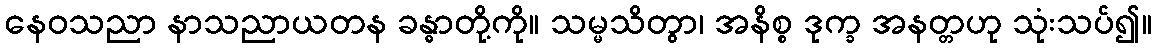
နေဝသညာ နာသညာယတန ခန္ဓာတို့ကို။ သမ္မသိတွာ၊ အနိစ္စ ဒုက္ခ အနတ္တဟု သုံးသပ်၍။